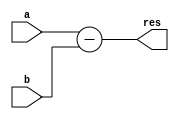
module subtractor(a, b, res);
/*
	res = a - b
	!NOTICE : this module subtracts b from a in 2's complement system, first ensure that a >= b to get proper result.
*/
parameter SIZE = 32;
input[SIZE - 1 : 0] a;
input[SIZE - 1 : 0] b;
output reg[SIZE : 0] res;

always @* begin
    res = a - b;    
end

endmodule